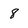
Character: 8